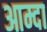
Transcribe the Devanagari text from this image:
आम्दा